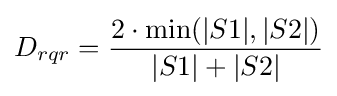
D_{rqr}={\frac {2\cdot \min(|S1|,|S2|)}{|S1|+|S2|}}